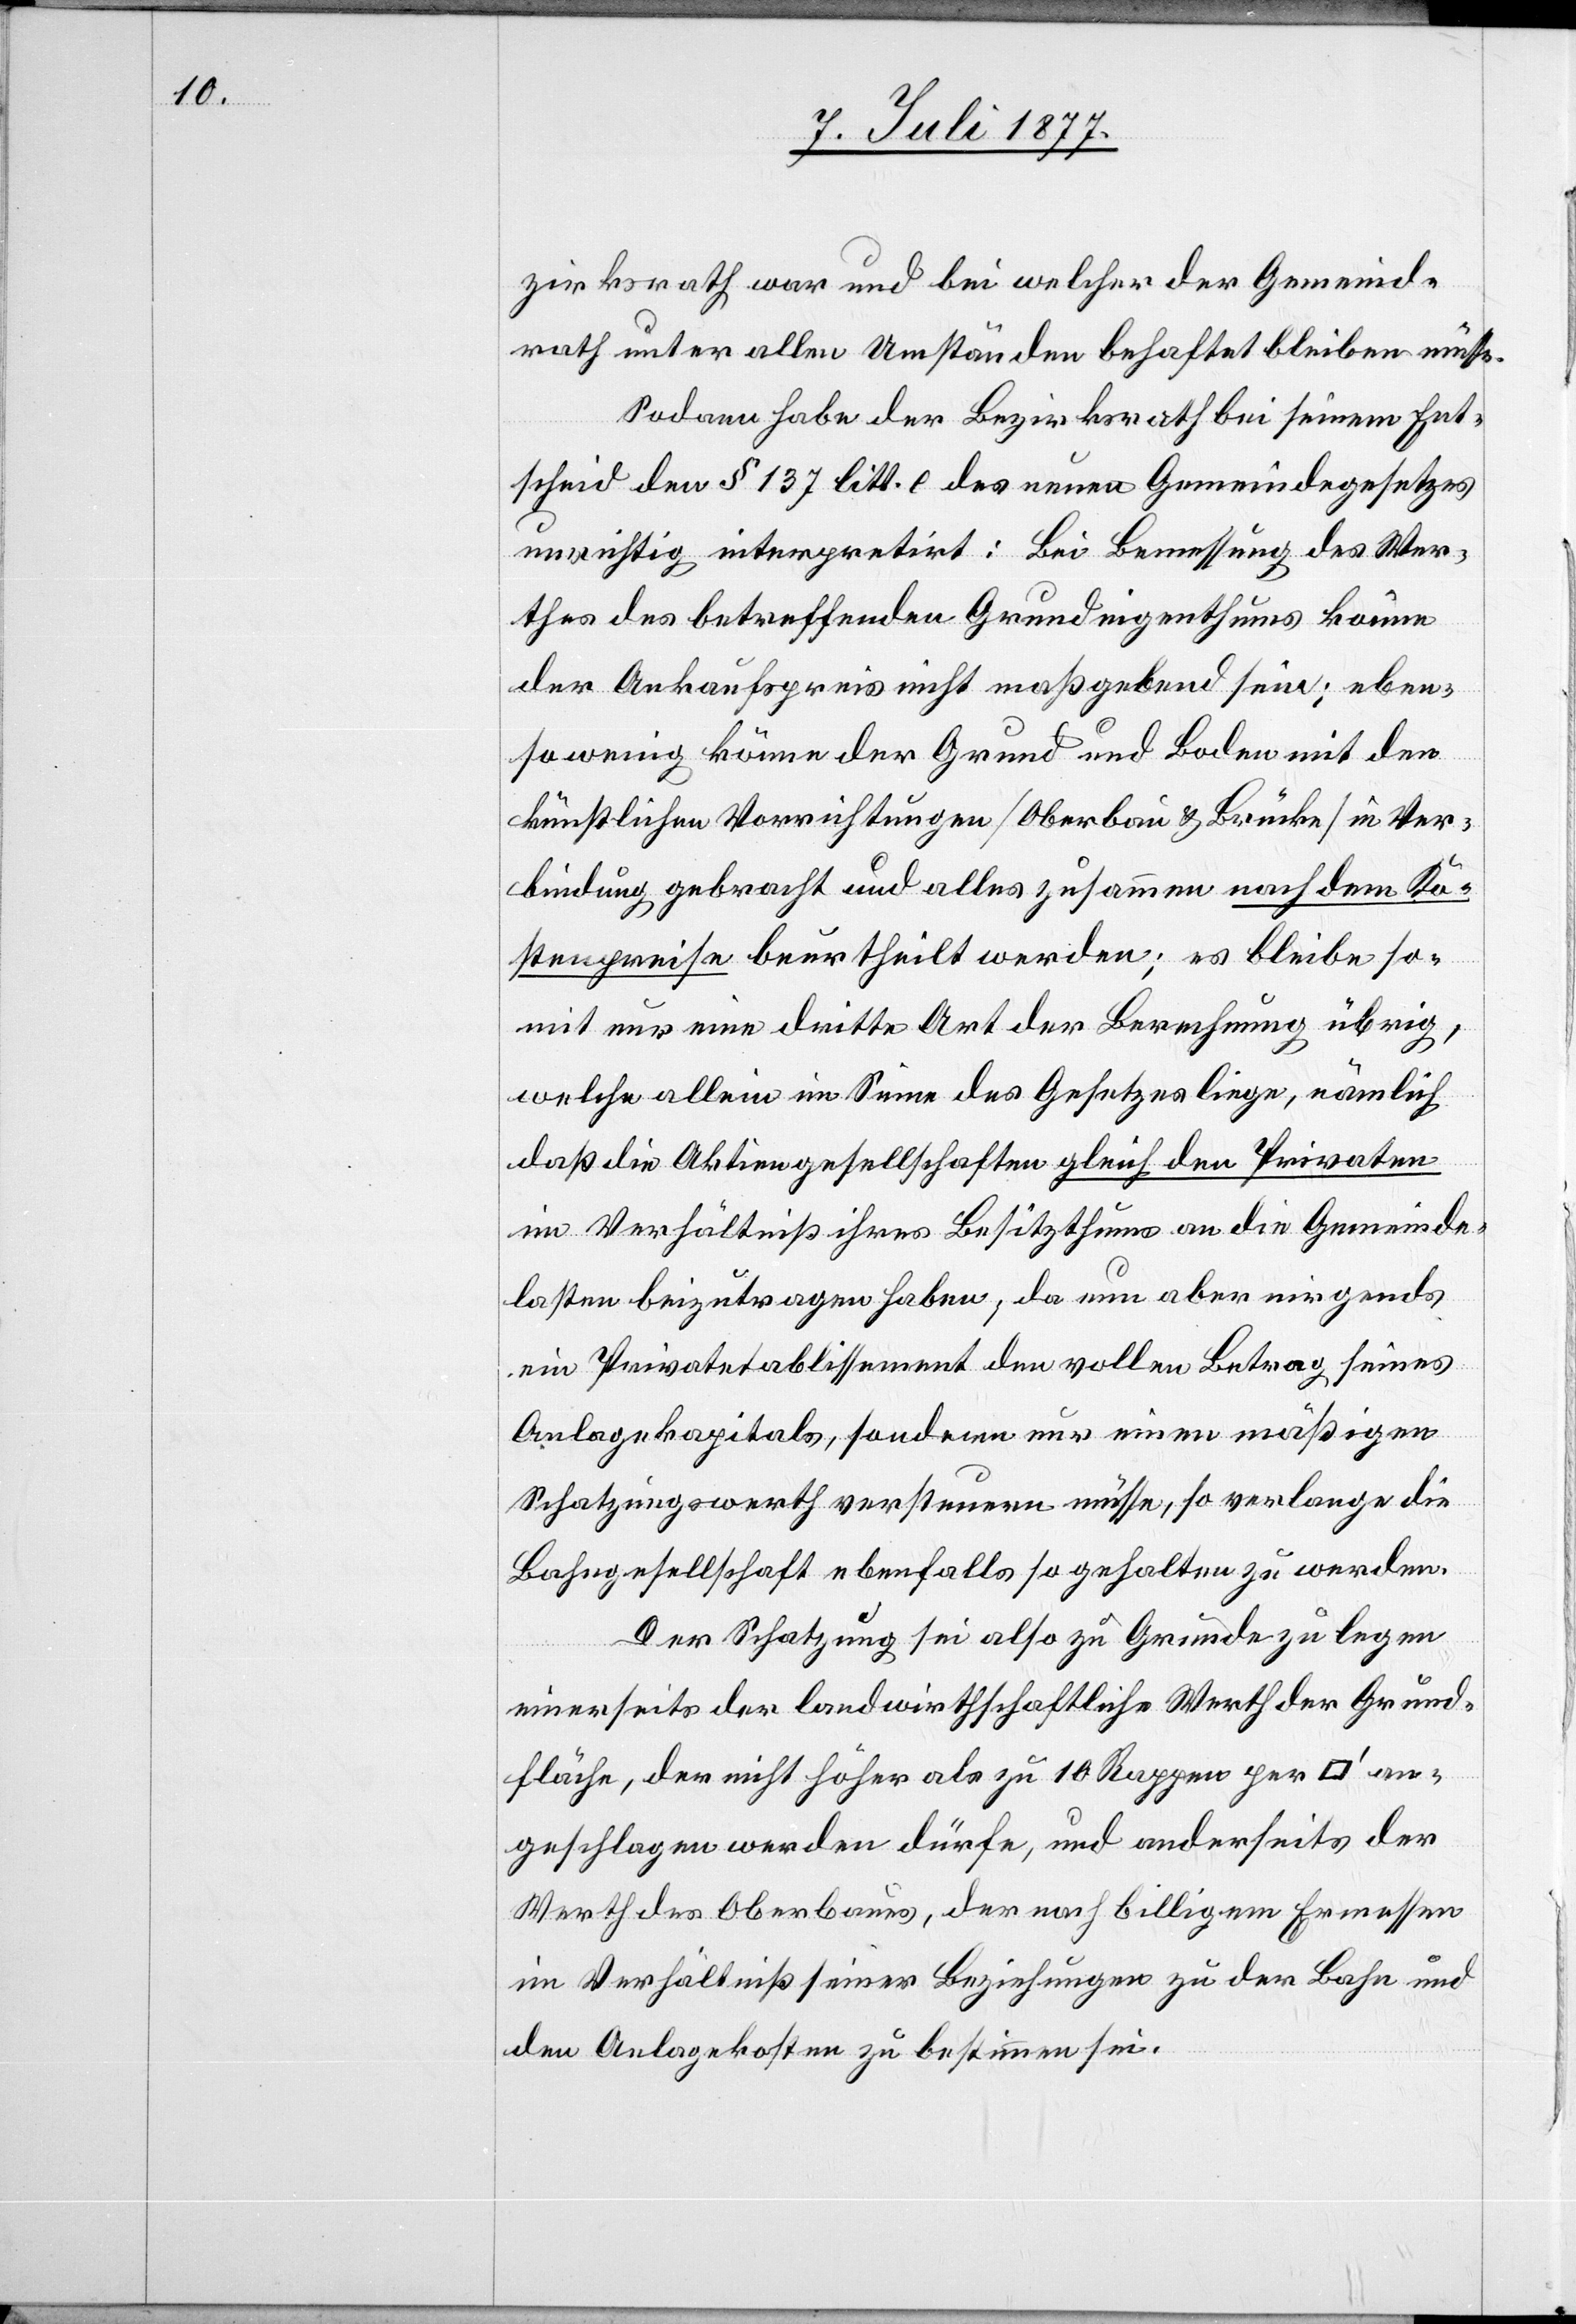
zirksrath war und bei welcher der Gemeind¬
rath unter allen Umständen behaftet bleiben müsse.
Sodann habe der Bezirksrath bei seinem Ent¬
scheid den § 137 litt. e des neuen Gemeindegesetzes
unrichtig interpretirt: Bei Bemessung des Wer¬
thes des betreffenden Grundeigenthums könne
der Ankaufspreis nicht maßgebend sein; eben¬
sowenig könne der Grund und Boden mit den
künstlichen Vorrichtungen [Oberbau & Brücke] in Ver¬
bindung gebracht und alles zusammen nach dem Ko¬
stenpreise beurtheilt werden; es bleibe so¬
mit nur eine dritte Art der Berechnung übrig,
welche allein im Sinne des Gesetzes liege, nämlich
daß die Aktiengesellschaften gleich den Privaten
im Verhältniß ihres Besitzthums an die Gemeinde¬
lasten beizutragen haben; da nun aber nirgends
ein Privatetablissement den vollen Betrag seines
Anlagekapitals, sondern nur einen mäßigen
Schatzungswerth versteuern müsse, so verlange die
Bahngesellschaft ebenfalls so gehalten zu werden.
Der Schatzung sei also zu Grunde zu legen
einerseits der landwirthschaftliche Werth der Grund¬
fläche, der nicht höher als zu 10 Rappen per
geschlagen werden dürfe, und anderseits der
Werth des Oberbaues, der nach billigem Ermessen
im Verhältniß seiner Beziehungen zu der Bahn und
den Anlagekosten zu bestimmen sei.

an¬